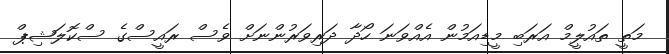
މަތީ ތައުލީމް އަރަބި މީޑިއަމުން އެއްވަނަ ހޯދާ ދަރިވަރުންނަށް ވެސް ރައީސްގެ ސްކޮލަޝިޕް